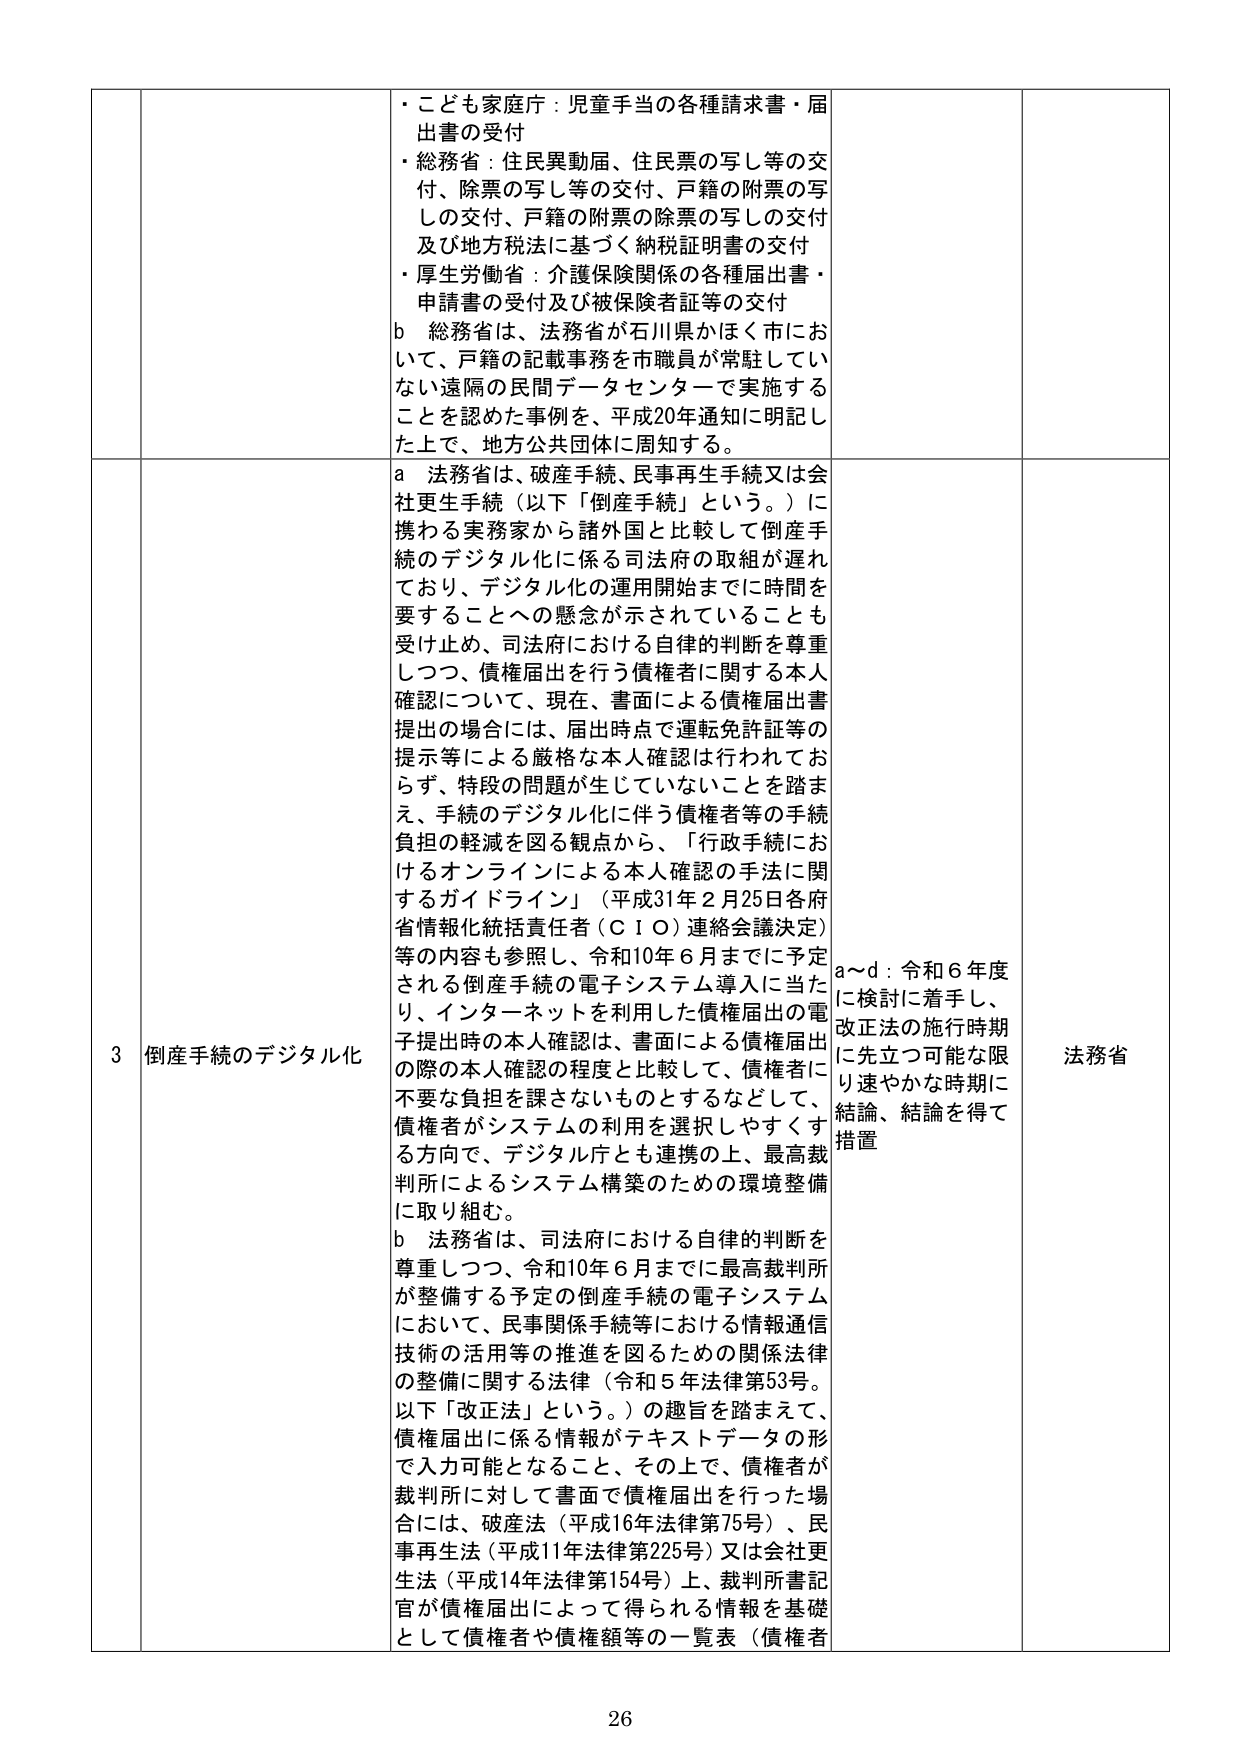
・こども家庭庁：児童手当の各種請求書・届出書の受付
・総務省：住民異動届、住民票の写し等の交付、除票の写し等の交付、戸籍の附票の写しの交付、戸籍の附票の除票の写しの交付及び地方税法に基づく納税証明書の交付
・厚生労働省：介護保険関係の各種届出書・申請書の受付及び被保険者証等の交付
b 総務省は、法務省が石川県かほく市において、戸籍の記載事務を市職員が常駐していない遠隔の民間データセンターで実施することを認めた事例を、平成20年通知に明記した上で、地方公共団体に周知する。

3 倒産手続のデジタル化
a 法務省は、破産手続、民事再生手続又は会社更生手続（以下「倒産手続」という。）に携わる実務家から諸外国と比較して倒産手続のデジタル化に係る司法府の取組が遅れており、デジタル化の運用開始までに時間を要することへの懸念が示されていることも受け止め、司法府における自律的判断を尊重しつつ、債権届出を行う債権者に関する本人確認について、現在、書面による債権届出書提出の場合には、届出時点で運転免許証等の提示等による厳格な本人確認は行われておらず、特段の問題が生じていないことを踏まえ、手続のデジタル化に伴う債権者等の手続負担の軽減を図る観点から、「行政手続におけるオンラインによる本人確認の手法に関するガイドライン」（平成31年2月25日各府省情報化統括責任者（ＣＩＯ）連絡会議決定）等の内容も参照し、令和10年6月までに予定される倒産手続の電子システム導入に当たり、インターネットを利用した債権届出の電子提出時の本人確認は、書面による債権届出の際の本人確認の程度と比較して、債権者に不要な負担を課さないものとするなどして、債権者がシステムの利用を選択しやすくする方向で、デジタル庁とも連携の上、最高裁判所によるシステム構築のための環境整備に取り組む。
b 法務省は、司法府における自律的判断を尊重しつつ、令和10年6月までに最高裁判所が整備する予定の倒産手続の電子システムにおいて、民事関係手続等における情報通信技術の活用等の推進を図るための関係法律の整備に関する法律（令和5年法律第53号。以下「改正法」という。）の趣旨を踏まえて、債権届出に係る情報がテキストデータの形で入力可能となること、その上で、債権者が裁判所に対して書面で債権届出を行った場合には、破産法（平成16年法律第75号）、民事再生法（平成11年法律第225号）又は会社更生法（平成14年法律第154号）上、裁判所書記官が債権届出によって得られる情報を基礎として債権者や債権額等の一覧表（債権者

a～d：令和6年度に検討に着手し、改正法の施行時期に先立つ可能な限り速やかな時期に結論、結論を得て措置
法務省

26